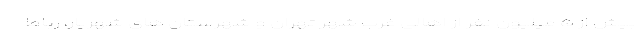
بیش از ۵ میلیون نفر از اهالی غرب شهر تهران و شهرستان های شهریار، رباط